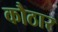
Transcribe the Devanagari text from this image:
कौठार